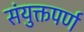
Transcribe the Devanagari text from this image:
संयुक्तपर्ण